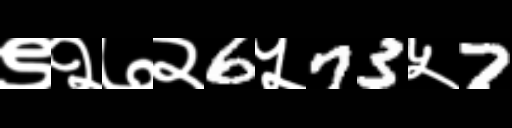
Text: ९२७२6५73५7